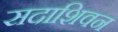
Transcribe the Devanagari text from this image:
सदाशिवन